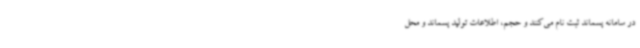
در سامانه پسماند ثبت نام می‌کنند و حجم، اطلاعات تولید پسماند و محل